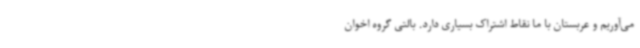
می‌آوریم و عربستان با ما نقاط اشتراک بسیاری دارد. بالتی گروه اخوان